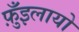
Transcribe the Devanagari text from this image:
फ़ुँइलायो